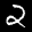
Label: 2